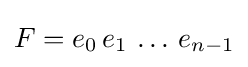
F=e_{0}\,e_{1}\,\dots \,e_{n-1}